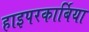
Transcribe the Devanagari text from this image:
हाइपरकार्बिया